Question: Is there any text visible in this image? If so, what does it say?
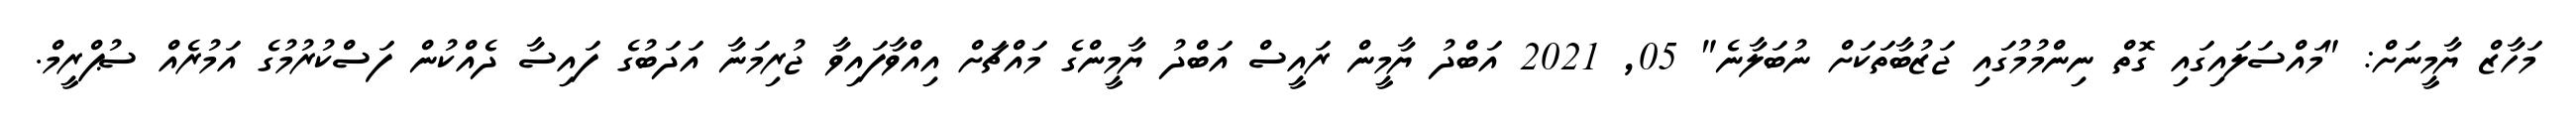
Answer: މަހާޒް ޔާމީނަށް: "މައްސަލައިގައި ގޮތް ނިންމުމުގައި ޖަޒުބާތަކަށް ނުބަލާނެ" 05, 2021 އަބްދު ޔާމީން ރައީސް އަބްދު ޔާމީންގެ މައްޗަށް އިއްވާފައިވާ ޖުރިމަނާ އަދަބުގެ ފައިސާ ދެއްކުން ފަސްކުރުމުގެ އަމުރެއް ސުޕްރީމް.